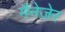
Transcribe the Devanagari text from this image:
मैनेजेर